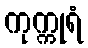
ကုက္ကုရံ